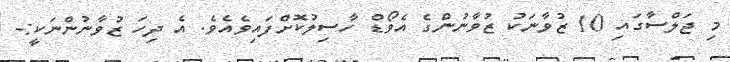
މި ޖަލްސާގައި 10 ޒުވާނަކު ޒުވާނުންގެ އެވޯޑް ހާސިލުކޮށްފައިވެއެވެ. އެ ދިހަ ޒުވާނުންނަކީ:-